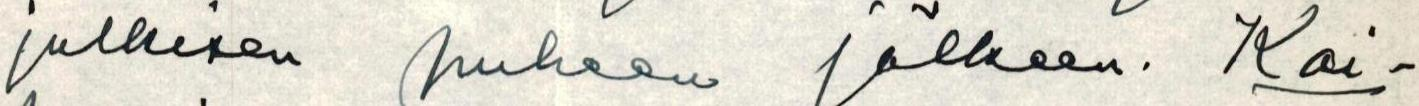
julkisen puheen jälkeen. Kai-